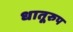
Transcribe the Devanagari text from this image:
धातूरुप